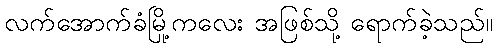
လက်အောက်ခံမြို့ကလေး အဖြစ်သို့ ရောက်ခဲ့သည်။